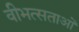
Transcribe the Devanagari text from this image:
वीभत्सताओं